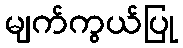
မျက်ကွယ်ပြု